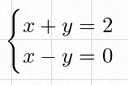
\begin{cases}x+y=2\\x-y=0\end{cases}